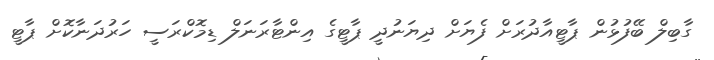
ގާބިލް ބޭފުޅުން ޕާޓީއާދުރަށް ފެޔަށް ދިޔަނުދީ ޕާޓީގެ އިންޓާރަނަލް ޑިމޮކްރަސީ ހަރުދަނާކޮށް ޕާޓީ